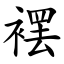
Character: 䙓